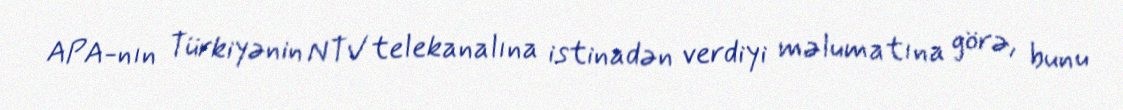
APA-nın Türkiyənin NTV telekanalına istinadən verdiyi məlumatına görə, bunu